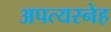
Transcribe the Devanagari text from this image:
अपत्यस्नेह